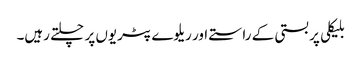
بلیکلی پر بستی کے راستے اور ریلوے پٹریوں پر چلتے رہیں۔